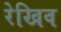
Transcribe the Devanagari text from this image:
रेखिव